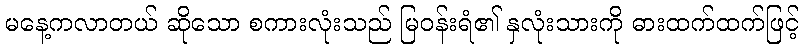
မနေ့ကလာတယ် ဆိုသော စကားလုံးသည် မြဝန်းရံ၏ နှလုံးသားကို ဓားထက်ထက်ဖြင့်